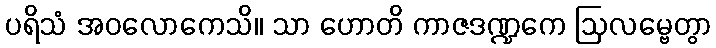
ပရိသံ အဝလောကေသိ။ သာ ဟောတိ ကာဇဒဏ္ဍကေ ဩလမ္ဗေတွာ